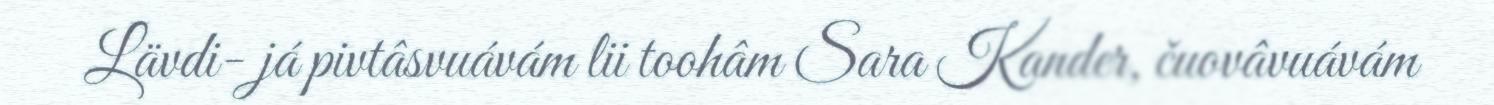
Lävdi- já pivtâsvuávám lii toohâm Sara Kander, čuovâvuávám